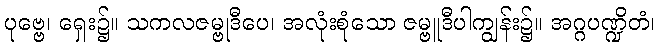
ပုဗ္ဗေ၊ ရှေး၌။ သကလဇမ္ဗုဒီပေ၊ အလုံးစုံသော ဇမ္ဗူဒီပါကျွန်း၌။ အဂ္ဂပဏ္ဍိတံ၊